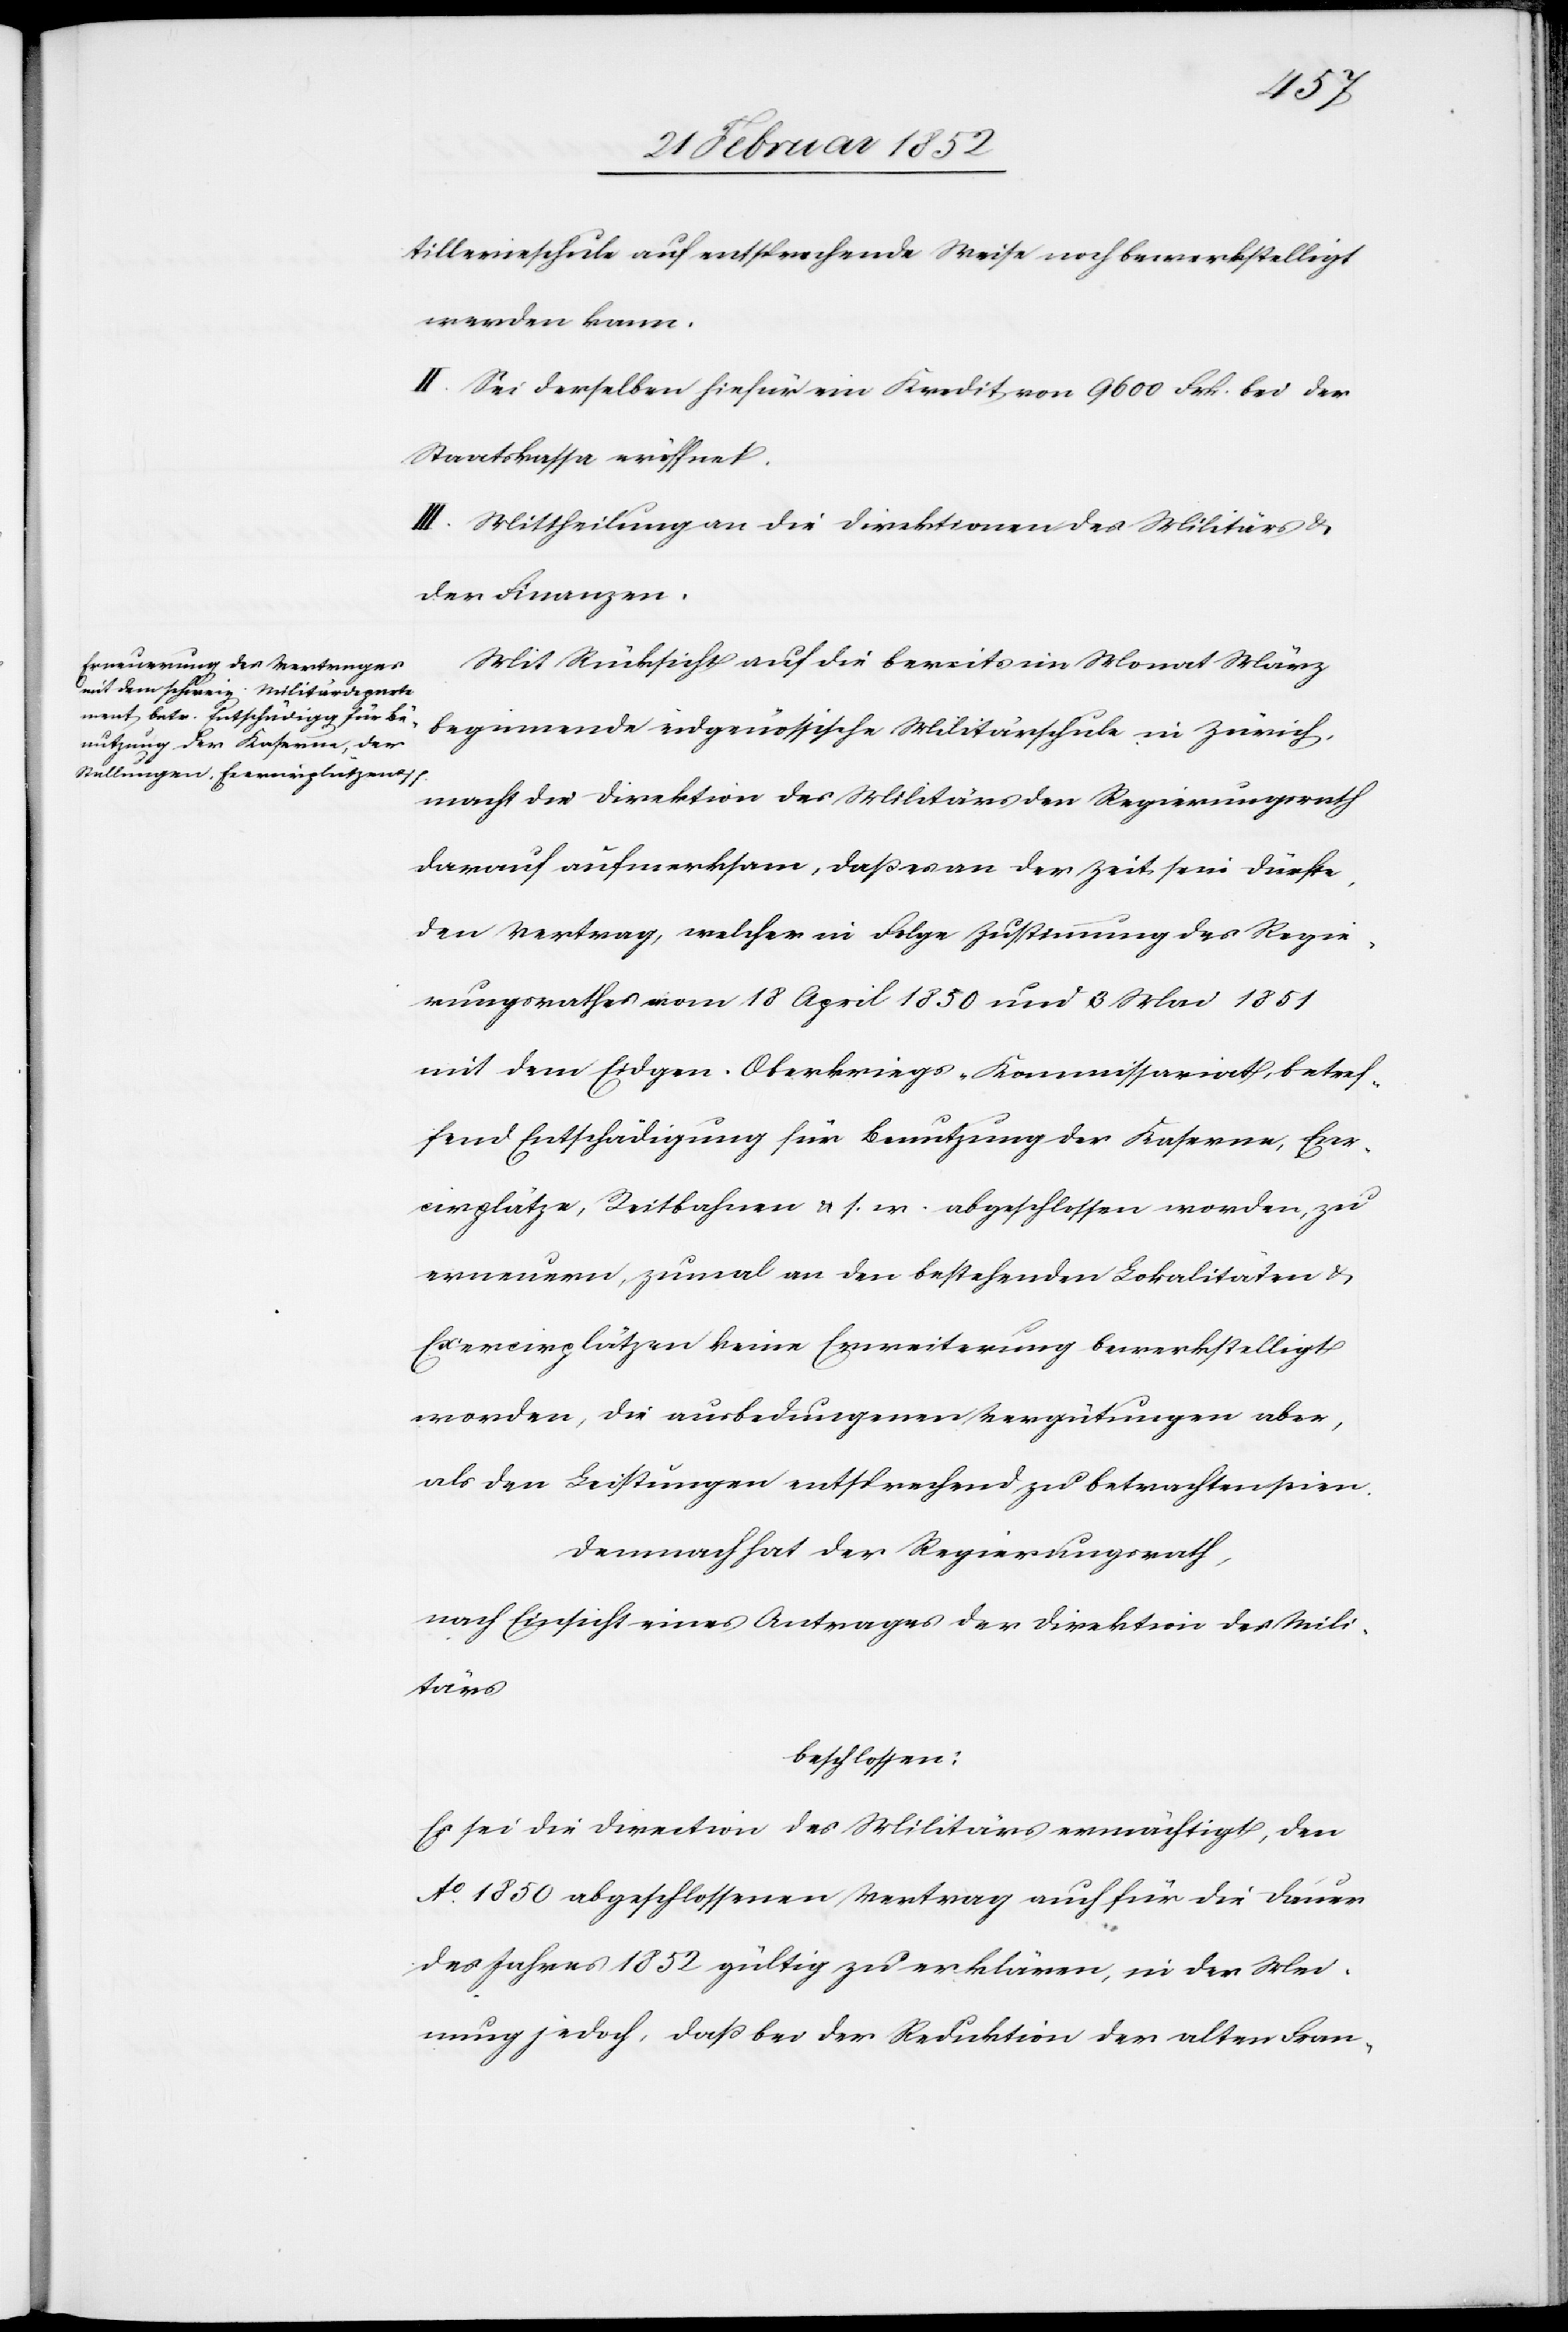
tillerieschule auf entsprechende Weise noch bewerkstelligt
werden kann.
II. Sei derselben hiefür ein Kredit von 9600. Frk. bei der
Staatskasse eröffnet.
III. Mittheilungen an die Direktionen des Militärs &
der Finanzen.
Mit Rücksicht auf die bereits im Monat März
beginnende eidgenössische Militärschule in Zürich
macht die Direktion des Militärs den Regierungsrath
darauf aufmerksam, daß es an der Zeit sein dürfte,
den Vertrag, welcher in Folge Zustimmung des Regie¬
rungsrathes vom 18 April 1850 und 3 Mai 1851
mit dem Eidgen. Oberkriegs-Kommissariat, betref¬
fend Entschädigung für Benutzung der Kaserne, Exer¬
cirplätze, Reitbahnen u. s. w. abgeschlossen worden, zu
erneuern, zumal an den bestehenden Lokalitäten u.
Exercirplätzen keine Erweiterung bewerkstelligt
worden, die ausbedungenen Vergütungen aber,
als den Leistungen entsprechend zu betrachten seien.
Demnach hat der Regierungsrath,
nach Einsicht eines Antrages der Direktion des Mili¬
tärs
beschlossen:
Es sei die Direction des Militärs ermächtigt, den
Ao. 1850 abgeschlossenen Vertrag auch für die Dauer
des Jahres 1852 gültig zu erklären, in der Mei¬
nung jedoch, daß bei der Reduktion der alten Fran-